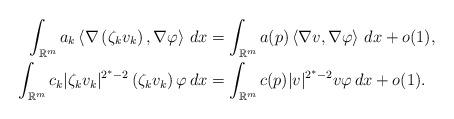
LaTeX: \begin{align*}\int_{\mathbb{R}^{m}}a_{k}\left\langle \nabla\left( \zeta_{k}v_{k}\right),\nabla\varphi\right\rangle \,dx & =\int_{\mathbb{R}^{m}}a(p)\left\langle\nabla v,\nabla\varphi\right\rangle \,dx+o(1),\\\int_{\mathbb{R}^{m}}c_{k}|\zeta_{k}v_{k}|^{2^{\ast}-2}\left( \zeta_{k}v_{k}\right) \varphi\,dx & =\int_{\mathbb{R}^{m}}c(p)|v|^{2^{\ast}-2}v\varphi\,dx+o(1).\end{align*}